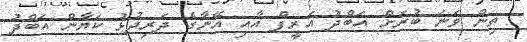
ތިން ވަނަ ބުރަށް އަބްދު އަރީފް އާއި އޭނާގެ ދަރިދުޅު ކަޔާން އަބްދު